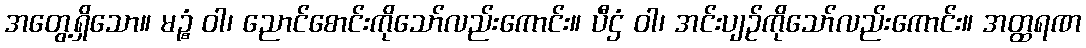
အတွေ့ရှိသော။ မဉ္စံ ဝါ၊ ညောင်စောင်းကိုသော်လည်းကောင်း။ ပီဌံ ဝါ၊ အင်းပျဉ်ကိုသော်လည်းကောင်း။ အတ္ထရဏ